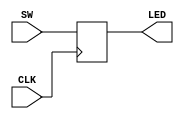
module LED_TEST (
	CLK,
	SW,
	LED
);

input 					CLK;
input 		[3:0] 	SW;
output reg	[3:0] 	LED;

always @ (negedge CLK)
	LED <= SW;

endmodule